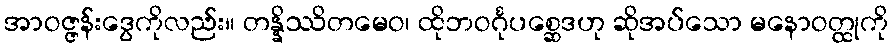
အာဝဇ္ဇန်းဒွေကိုလည်း။ တန္နိဿိတမေဝ၊ ထိုဘဝင်္ဂုပစ္ဆေဒဟု ဆိုအပ်သော မနောဝတ္ထုကို